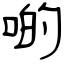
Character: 啲